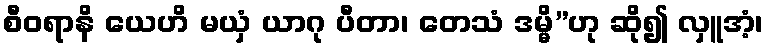
စီဝရာနိ ယေဟိ မယှံ ယာဂု ပီတာ၊ တေသံ ဒမ္မိ”ဟု ဆို၍ လှူအံ့၊